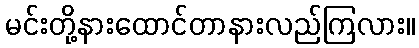
မင်းတို့နားထောင်တာနားလည်ကြလား။